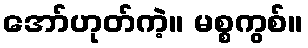
အော်ဟုတ်ကဲ့။ မစ္စကွစ်။